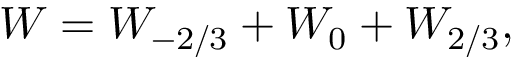
{ \cal W } = { \cal W } _ { - { 2 / 3 } } + { \cal W } _ { 0 } + { \cal W } _ { 2 / 3 } ,